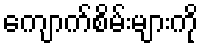
ကျောက်စိမ်းများကို